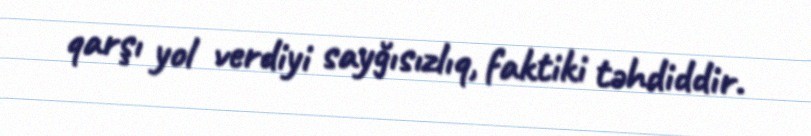
qarşı yol verdiyi sayğısızlıq, faktiki təhdiddir.